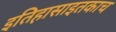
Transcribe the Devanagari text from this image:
इतिहासाइतकाच